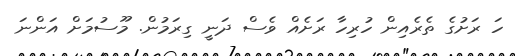
ހަ ރަށުގެ ތެރެއިން ހުރިހާ ރަށެއް ވެސް ދަނީ ގިރަމުން. މޫސުމަށް އަންނަ